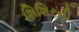
શિશિરની